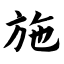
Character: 施